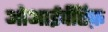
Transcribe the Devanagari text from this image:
ओआईपीऍफ़